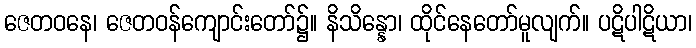
ဇေတဝနေ၊ ဇေတဝန်ကျောင်းတော်၌။ နိသိန္နော၊ ထိုင်နေတော်မူလျက်။ ပဋိပါဋိယာ၊